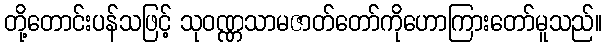
တို့တောင်းပန်သဖြင့် သုဝဏ္ဏသာမဇာတ်တော်ကိုဟောကြားတော်မူသည်။